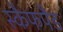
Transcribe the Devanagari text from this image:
स्कैफपैड